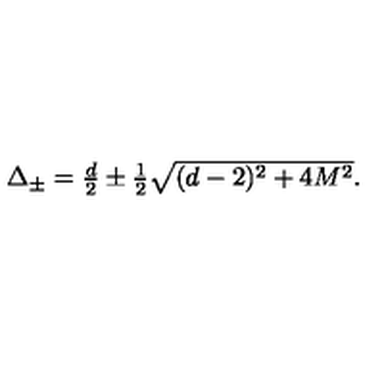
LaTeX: \textstyle \Delta _ { \pm } = \frac d 2 \pm \frac 1 2 \sqrt { ( d - 2 ) ^ { 2 } + 4 M ^ { 2 } } .